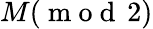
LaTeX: M(\mathrm{~m~o~d~}\, 2)